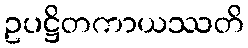
ဥပဋ္ဌိတကာယဿတိ